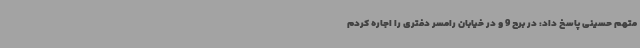
متهم حسینی پاسخ داد: در برج 9 و در خیابان رامسر دفتری را اجاره کردم